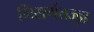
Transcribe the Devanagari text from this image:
निसर्गतज्ज्ञ